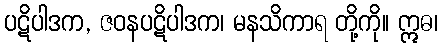
ပဋိပါဒက, ဇဝနပဋိပါဒက၊ မနသိကာရ တို့ကို။ ဣဓ၊